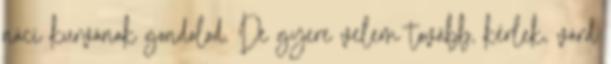
náci kurvának gondolod. De gyere velem tovább, kérlek, várd